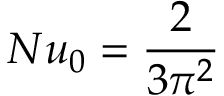
N u _ { 0 } = \frac { 2 } { 3 \pi ^ { 2 } }